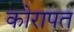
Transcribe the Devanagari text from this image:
कोरापत